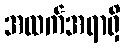
အထက်အရာရှိ